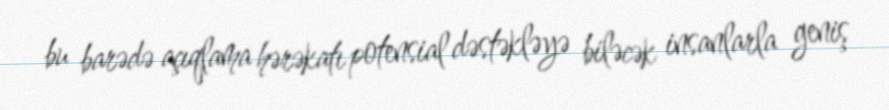
bu barədə açıqlama hərəkatı potensial dəstəkləyə biləcək insanlarla geniş